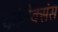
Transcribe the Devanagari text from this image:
कोनेक्संस